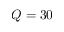
Q = 3 0